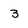
Character: 3